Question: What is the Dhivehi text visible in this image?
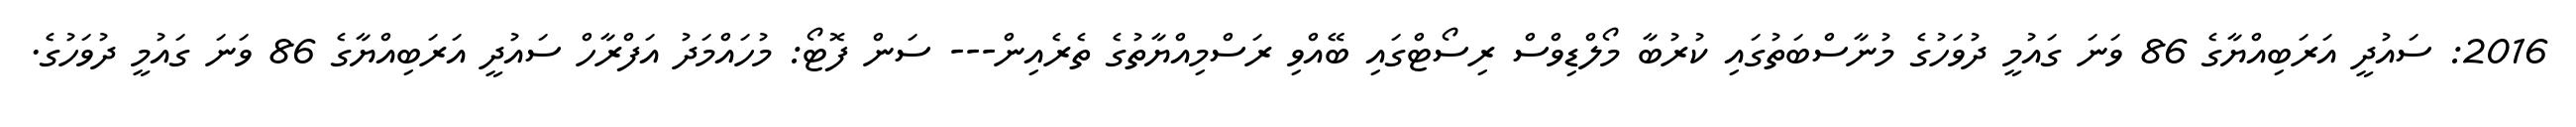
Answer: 2016: ސައުދީ އަރަބިއްޔާގެ 86 ވަނަ ގައުމީ ދުވަހުގެ މުނާސްބަތުގައި ކުރުބާ މޯލްޑިވްސް ރިސޯޓްގައި ބޭއްވި ރަސްމިއްޔާތުގެ ތެރެއިން--- ސަން ފޮޓޯ: މުހައްމަދު އަފްރާހް ސައުދީ އަރަބިއްޔާގެ 86 ވަނަ ގައުމީ ދުވަހުގެ.